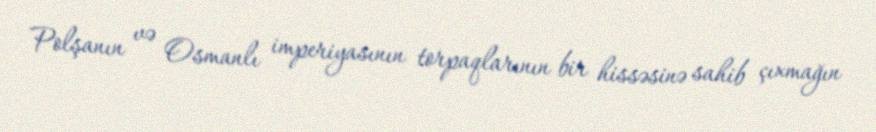
Polşanın və Osmanlı imperiyasının torpaqlarının bir hissəsinə sahib çıxmağın